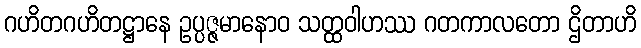
ဂဟိတဂဟိတဋ္ဌာနေ ဥပ္ပဇ္ဇမာနောဝ သတ္ထဝါဟဿ ဂတကာလတော ဌိတာဟိ